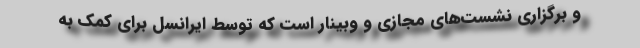
و برگزاری نشست‌های مجازی و وبینار است که توسط ایرانسل برای کمک به